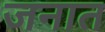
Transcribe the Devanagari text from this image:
जनात